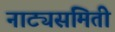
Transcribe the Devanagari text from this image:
नाट्यसमिती